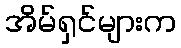
အိမ်ရှင်များက